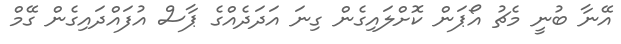
އޭނާ ބުނީ މެޗު އޯޕަން ކޮށްލައިގެން ގިނަ އަދަދެއްގެ ޕާސް އުފައްދައިގެން ގޭމް